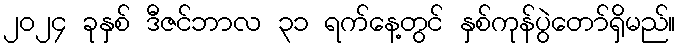
၂၀၂၄ ခုနှစ် ဒီဇင်ဘာလ ၃၁ ရက်နေ့တွင် နှစ်ကုန်ပွဲတော်ရှိမည်။